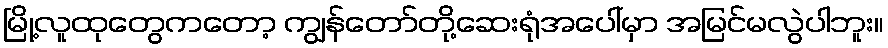
မြို့လူထုတွေကတော့ ကျွန်တော်တို့ဆေးရုံအပေါ်မှာ အမြင်မလွဲပါဘူး။